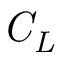
\displaystyle \mathit { C _ { L } }